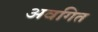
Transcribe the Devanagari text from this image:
अवगित